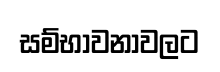
සම්භාවනාවලට